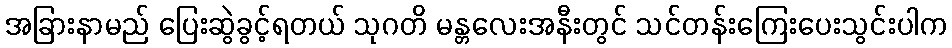
အခြားနာမည် ပြေးဆွဲခွင့်ရတယ် သုဂတိ မန္တလေးအနီးတွင် သင်တန်းကြေးပေးသွင်းပါက